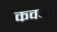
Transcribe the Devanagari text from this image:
कवळा